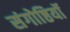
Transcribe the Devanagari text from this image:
संगोष्ठियॉ